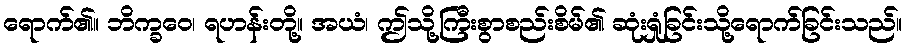
ရောက်၏။ ဘိက္ခဝေ၊ ရဟန်းတို့။ အယံ၊ ဤသို့ကြီးစွာစည်းစိမ်၏ ဆုံးရှုံခြင်းသို့ရောက်ခြင်းသည်။